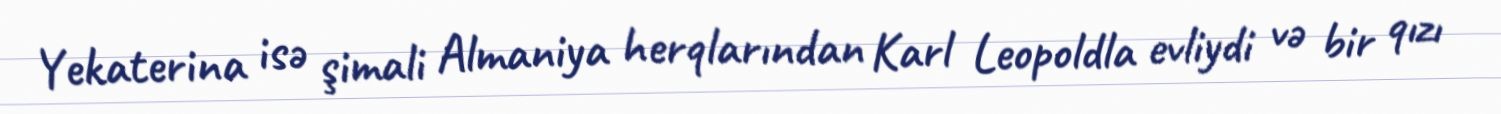
Yekaterina isə şimali Almaniya herqlarından Karl Leopoldla evliydi və bir qızı